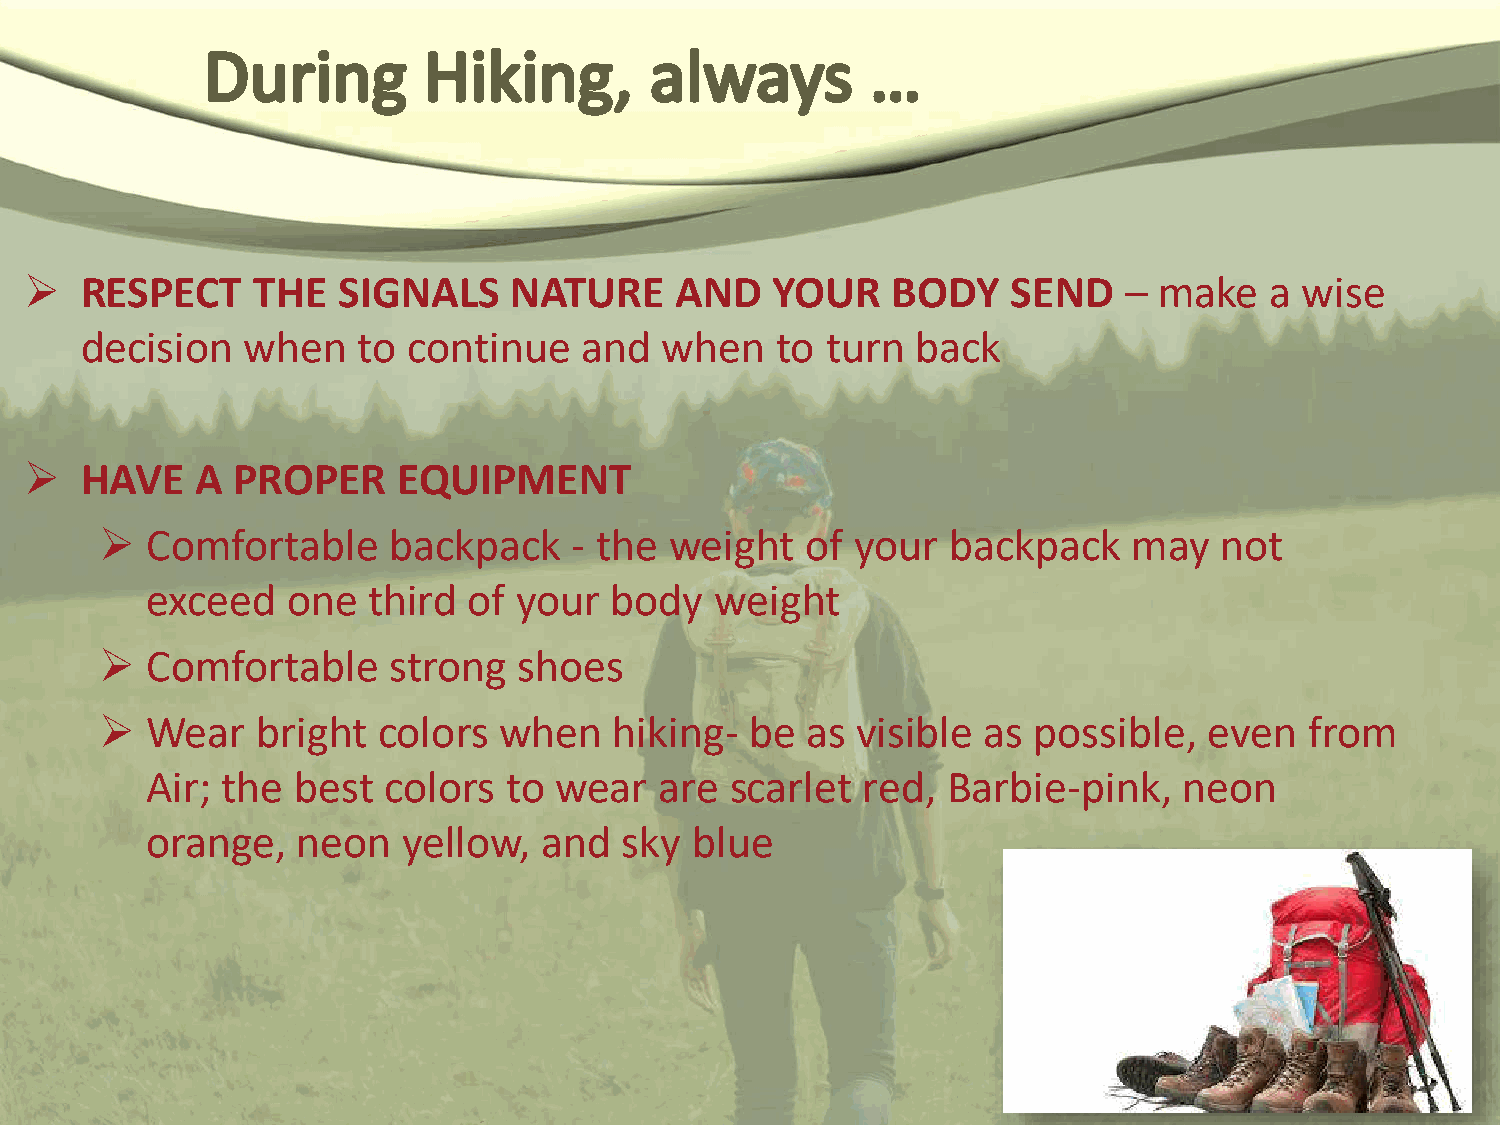
  RESPECT     THE  SIGNALS     NATURE     AND   YOUR    BODY    SEND   –  make   a wise
 decision   when    to continue   and   when   to  turn  back
   HAVE    A PROPER     EQUIPMENT
   Comfortable     backpack    - the weight   of  your  backpack    may   not
 exceed   one  third  of your  body   weight
   Comfortable     strong  shoes
   Wear   bright  colors  when    hiking-  be as  visible as possible,   even   from
 Air; the  best colors  to  wear   are scarlet  red,  Barbie-pink,   neon
 orange,   neon   yellow,  and  sky  blue